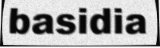
basidia